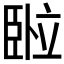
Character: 𬛦